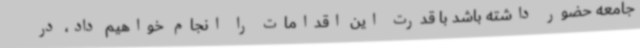
جامعه حضور داشته باشد با قدرت این اقدامات را انجام خواهیم داد، در